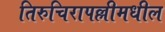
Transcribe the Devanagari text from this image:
तिरुचिरापल्लीमधील